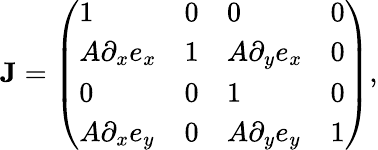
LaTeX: \mathbf{J}=\left(\begin{array}{llll}{1}&{0}&{0}&{0}\\ {A\partial_{x}e_{x}}&{1}&{A\partial_{y}e_{x}}&{0}\\ {0}&{0}&{1}&{0}\\ {A\partial_{x}e_{y}}&{0}&{A\partial_{y}e_{y}}&{1}\end{array}\right),